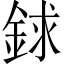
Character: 銶